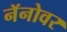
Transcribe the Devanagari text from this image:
नॅनोवर